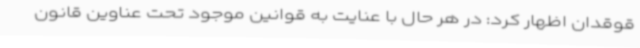
قوقدان اظهار کرد: در هر حال با عنایت به قوانین موجود تحت عناوین قانون